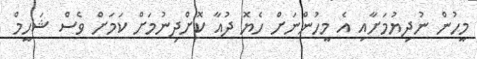
މީހުން ނުދިޔުމަށާއި އެ މީހުންނަށް ހެޔޮ ދުއާ ކޮށްދިނުމަށް ކަމަށް ވެސް ޝަހީމް